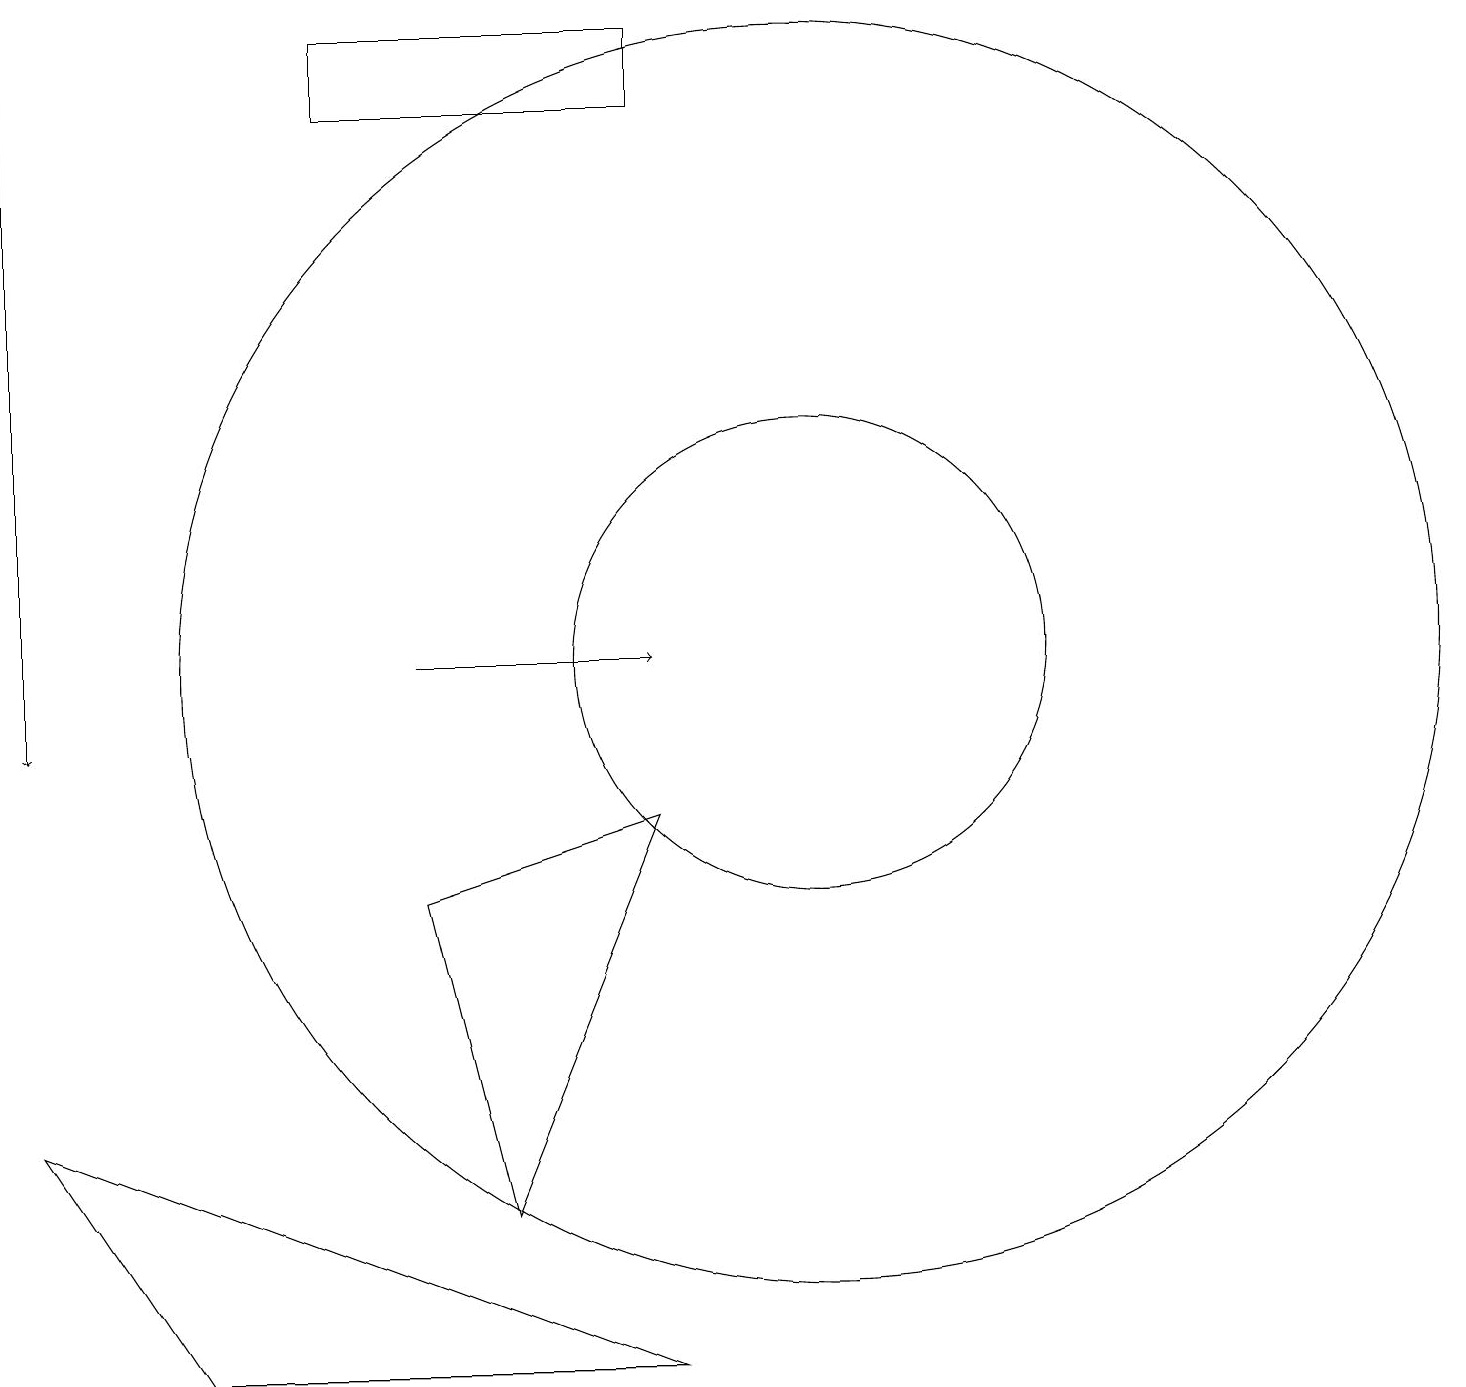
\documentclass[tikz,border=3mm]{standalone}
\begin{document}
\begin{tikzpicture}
\draw (11,11) circle (3);
\draw (7,4) -- (9,9) -- (6,8) -- cycle;
\draw[->] (1,19) -- (1,10);
\draw[->] (6,11) -- (9,11);
\draw (11,11) circle (8);
\draw (3,2) -- (9,2) -- (1,5) -- cycle;
\draw (5,19) rectangle (9,18);
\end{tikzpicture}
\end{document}